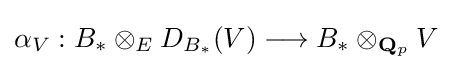
\alpha _{V}:B_{\ast }\otimes _{E}D_{B_{\ast }}(V)\longrightarrow B_{\ast }\otimes _{\mathbf {Q} _{p}}V